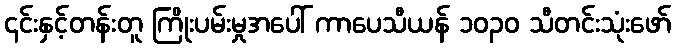
၎င်းနှင့်တန်းတူ ကြိုးပမ်းမှုအပေါ် ကာပေသီယန် ၁၀၃၀ သီတင်းသုံးဖော်